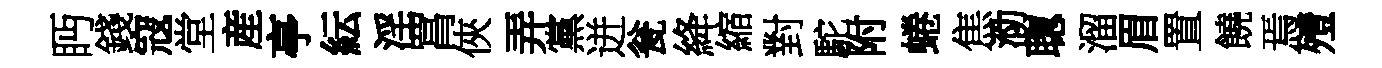
眄錢寇堂産亭紜淫罥俠弄黨迸瓮絳縮對駝附蜷焦泐聦溜眉置饒焉殪